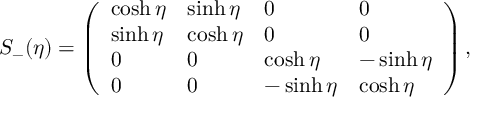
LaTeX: S _ { - } ( \eta ) = \left( \begin{array} { l l l l } { { \cosh \eta } } & { { \sinh \eta } } & { { 0 } } & { { 0 } } \\ { { \sinh \eta } } & { { \cosh \eta } } & { { 0 } } & { { 0 } } \\ { { 0 } } & { { 0 } } & { { \cosh \eta } } & { { - \sinh \eta } } \\ { { 0 } } & { { 0 } } & { { - \sinh \eta } } & { { \cosh \eta } } \end{array} \right) ,